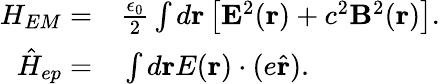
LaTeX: \begin{array}{rl}{H_{EM}=}&{{}\frac{\epsilon_{0}}{2}\int d\mathbf{r}\left[\mathbf{E}^{2}(\mathbf{r})+c^{2}\mathbf{B}^{2}(\mathbf{r})\right].}\\ {\hat{H}_{ep}=}&{{}\int d\mathbf{r}E(\mathbf{r})\cdot(e\hat{\mathbf{r}}).}\end{array}